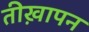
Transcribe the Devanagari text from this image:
तीख़ापन